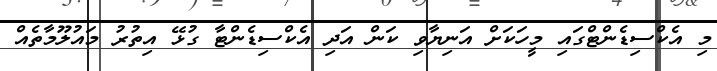
މި އެކްސިޑެންޓްގައި މީހަކަށް އަނިޔާވި ކަން އަދި އެކްސިޑެންޓާ ގުޅޭ އިތުރު މައުލޫމާތެއް